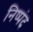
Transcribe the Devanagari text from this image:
निष्पंद